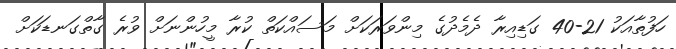
ހަފުތާއަކު 21-40 ގަޑިއިރާ ދެމެދުގެ މިންވަރަކަށް މަސައްކަތް ކުރާ މީހުންނަށް ވުރެ ގާތްގަނޑަކަށް